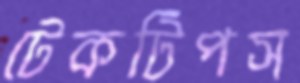
টেকটিপস